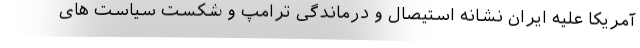
آمریکا علیه ایران نشانه استیصال و درماندگی ترامپ و شکست سیاست های